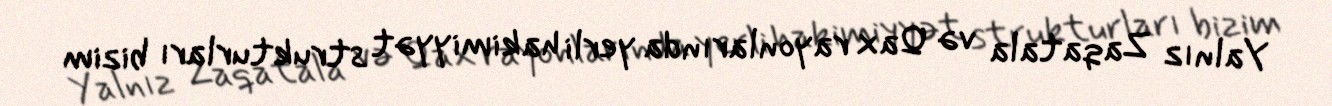
Yalnız Zaqatala və Qax rayonlarında yerli hakimiyyət strukturları bizim